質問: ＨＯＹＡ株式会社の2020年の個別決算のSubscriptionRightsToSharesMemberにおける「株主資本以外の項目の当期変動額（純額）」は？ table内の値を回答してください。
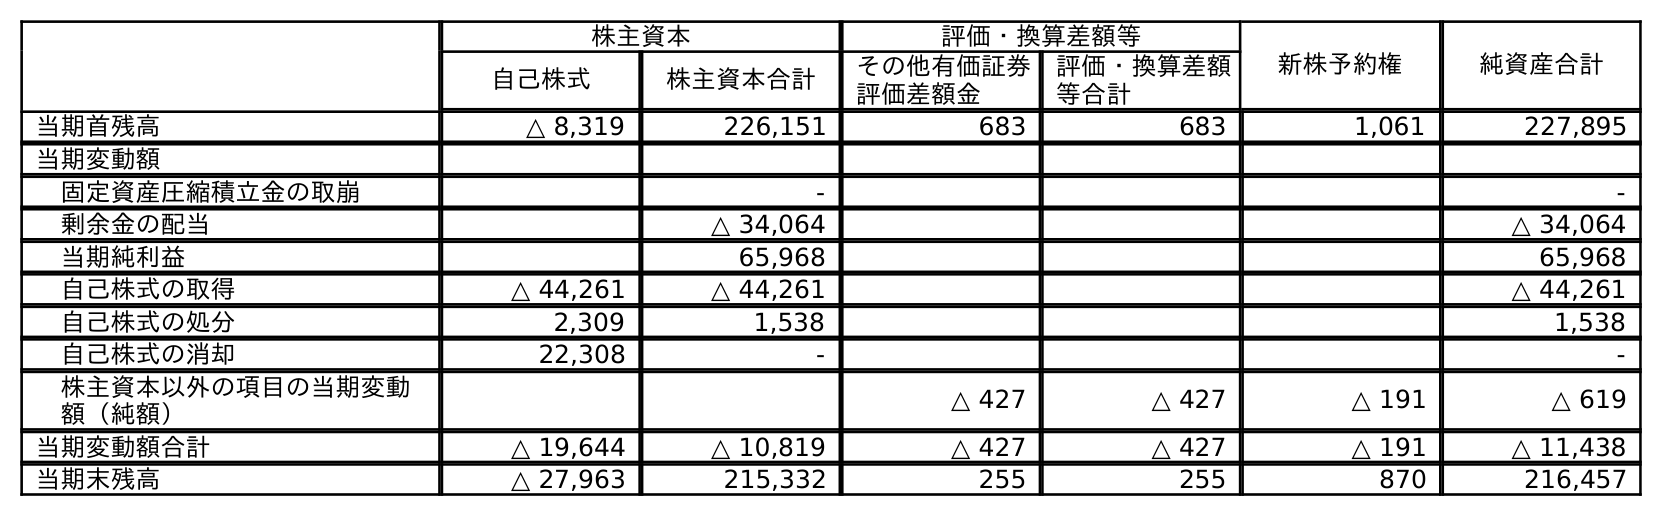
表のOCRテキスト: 株主資本 評価・換算差額等 新株予約権 純資産合計 自己株式 株主資本合計 その他有価証券 評価差額金 評価・換算差額 等合計 当期首残高 △ 8,319 226,151 683 683 1,061 227,895 当期変動額 固定資産圧縮積立金の取崩 - - 剰余金の配当 △ 34,064 △ 34,064 当期純利益 65,968 65,968 自己株式の取得 △ 44,261 △ 44,261 △ 44,261 自己株式の処分 2,309 1,538 1,538 自己株式の消却 22,308 - - 株主資本以外の項目の当期変動 額（純額） △ 427 △ 427 △ 191 △ 619 当期変動額合計 △ 19,644 △ 10,819 △ 427 △ 427 △ 191 △ 11,438 当期末残高 △ 27,963 215,332 255 255 870 216,457
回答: △191